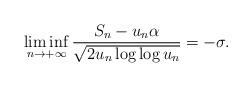
LaTeX: \begin{align*}\liminf_{n\to+\infty} \frac{S_n-u_n\alpha}{\sqrt{2u_n\log\log u_n}}=-\sigma.\end{align*}